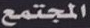
المجتمع